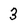
Character: 3